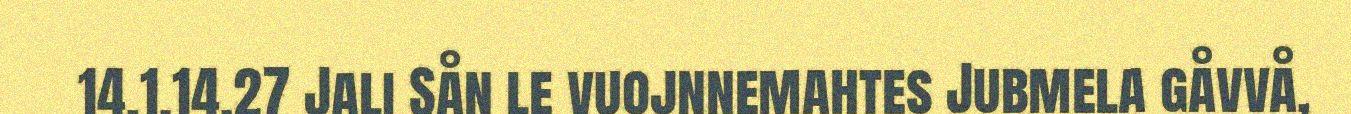
14,1.14.27 Jali Sån le vuojnnemahtes Jubmela gåvvå,